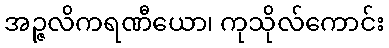
အဉ္ဇလိကရဏီယော၊ ကုသိုလ်ကောင်း